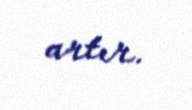
artır.